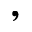
,